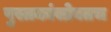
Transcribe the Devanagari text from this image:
पुस्तकांसोबतच